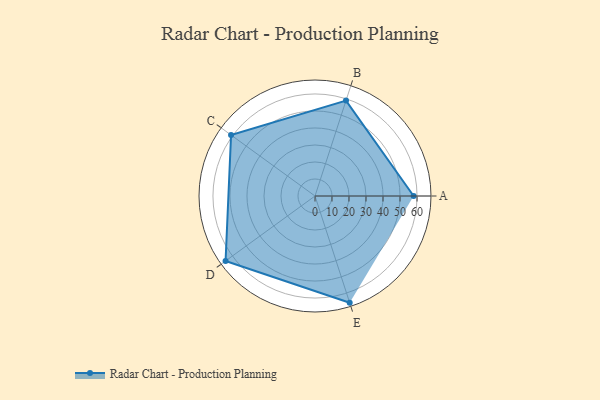
{"axis": {"x": "Skill", "y": "Score"}, "legend": ["Profile"], "data": [{"x": "A", "y": 58.0, "type": "Profile"}, {"x": "B", "y": 59.0, "type": "Profile"}, {"x": "C", "y": 61.0, "type": "Profile"}, {"x": "D", "y": 65.0, "type": "Profile"}, {"x": "E", "y": 66.0, "type": "Profile"}]}